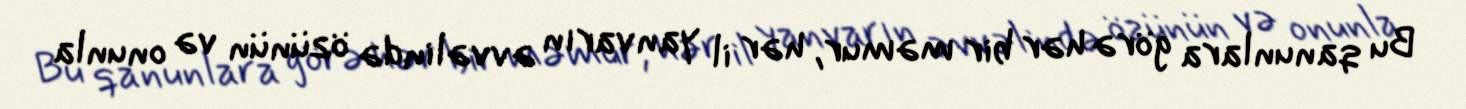
Bu qanunlara görə hər bir məmur, hər il yanvarın əvvəlində özünün və onunla